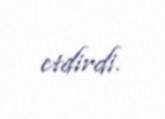
etdirdi.